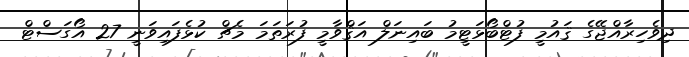
ދިވެހިރާއްޖޭގެ ޤައުމީ ފުޓްބޯޅަޓީމު ބައިނަލް އަޤްވާމީ ފުރަތަމަ މެޗް ކުޅެފައިވަނީ 27 އޯގަސްޓް